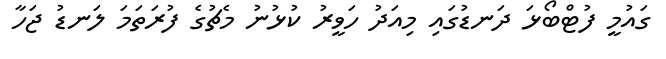
ގައުމީ ފުޓްބޯޅަ ދަނޑުގައި މިއަދު ހަވީރު ކުޅުނު މެޗުގެ ފުރަތަމަ ލަނޑު ޖަހާ